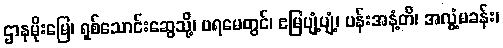
ဌာနမိုးမြေ၊ ရှစ်သောင်းဆွေသို့၊ ပရမေတွင်၊ ဧမြပျံ့ပျံ့၊ ပန်းအနံ့တိ၊ အလွံ့မခန်း၊